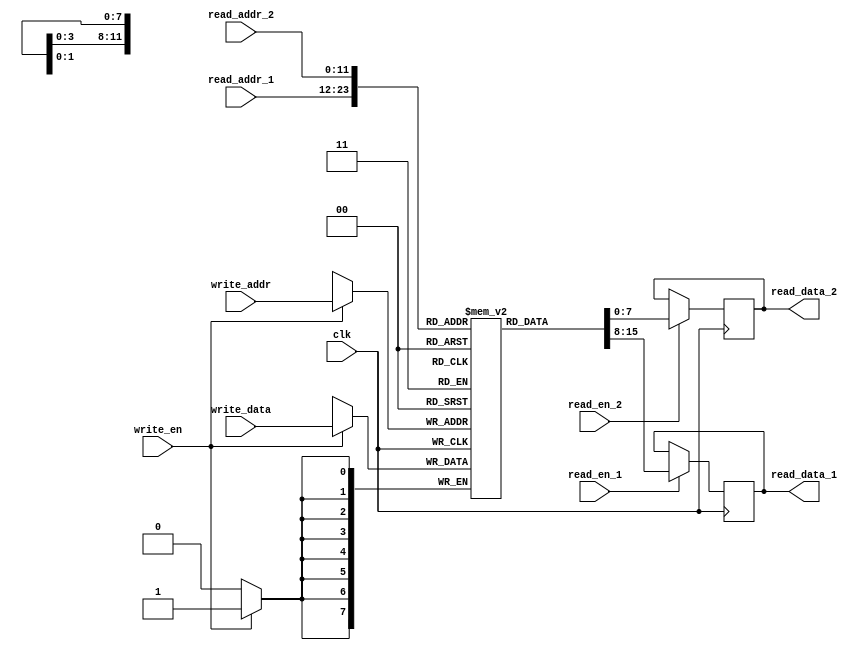
module dual_port_ram (
    input wire clk,
    input wire [11:0] read_addr_1,
    input wire read_en_1,
    output reg [7:0] read_data_1,
    input wire [11:0] read_addr_2,
    input wire read_en_2,
    output reg [7:0] read_data_2,
    input wire [11:0] write_addr,
    input wire write_en,
    input wire [7:0] write_data
);

reg [7:0] mem [0:4095];

// Read port 1
always @(posedge clk) begin
    if (read_en_1) begin
        read_data_1 <= mem[read_addr_1];
    end
end

// Read port 2
always @(posedge clk) begin
    if (read_en_2) begin
        read_data_2 <= mem[read_addr_2];
    end
end

// Write port
always @(posedge clk) begin
    if (write_en) begin
        mem[write_addr] <= write_data;
    end
end

endmodule